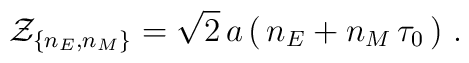
{\cal Z}_{\{n_E,n_M\}}=\sqrt{2}\,a \left(\, n_E + n_M \,\tau_{0}\,\right)\,.